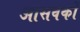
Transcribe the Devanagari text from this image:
आसवकों